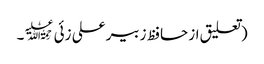
(تعلیق از حافظ زبیر علی زئی﷫۔